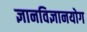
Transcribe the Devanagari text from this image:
ज्ञानविज्ञानयोग